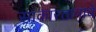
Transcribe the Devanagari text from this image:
साकारतानाचे